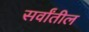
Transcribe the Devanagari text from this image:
सर्वांतील